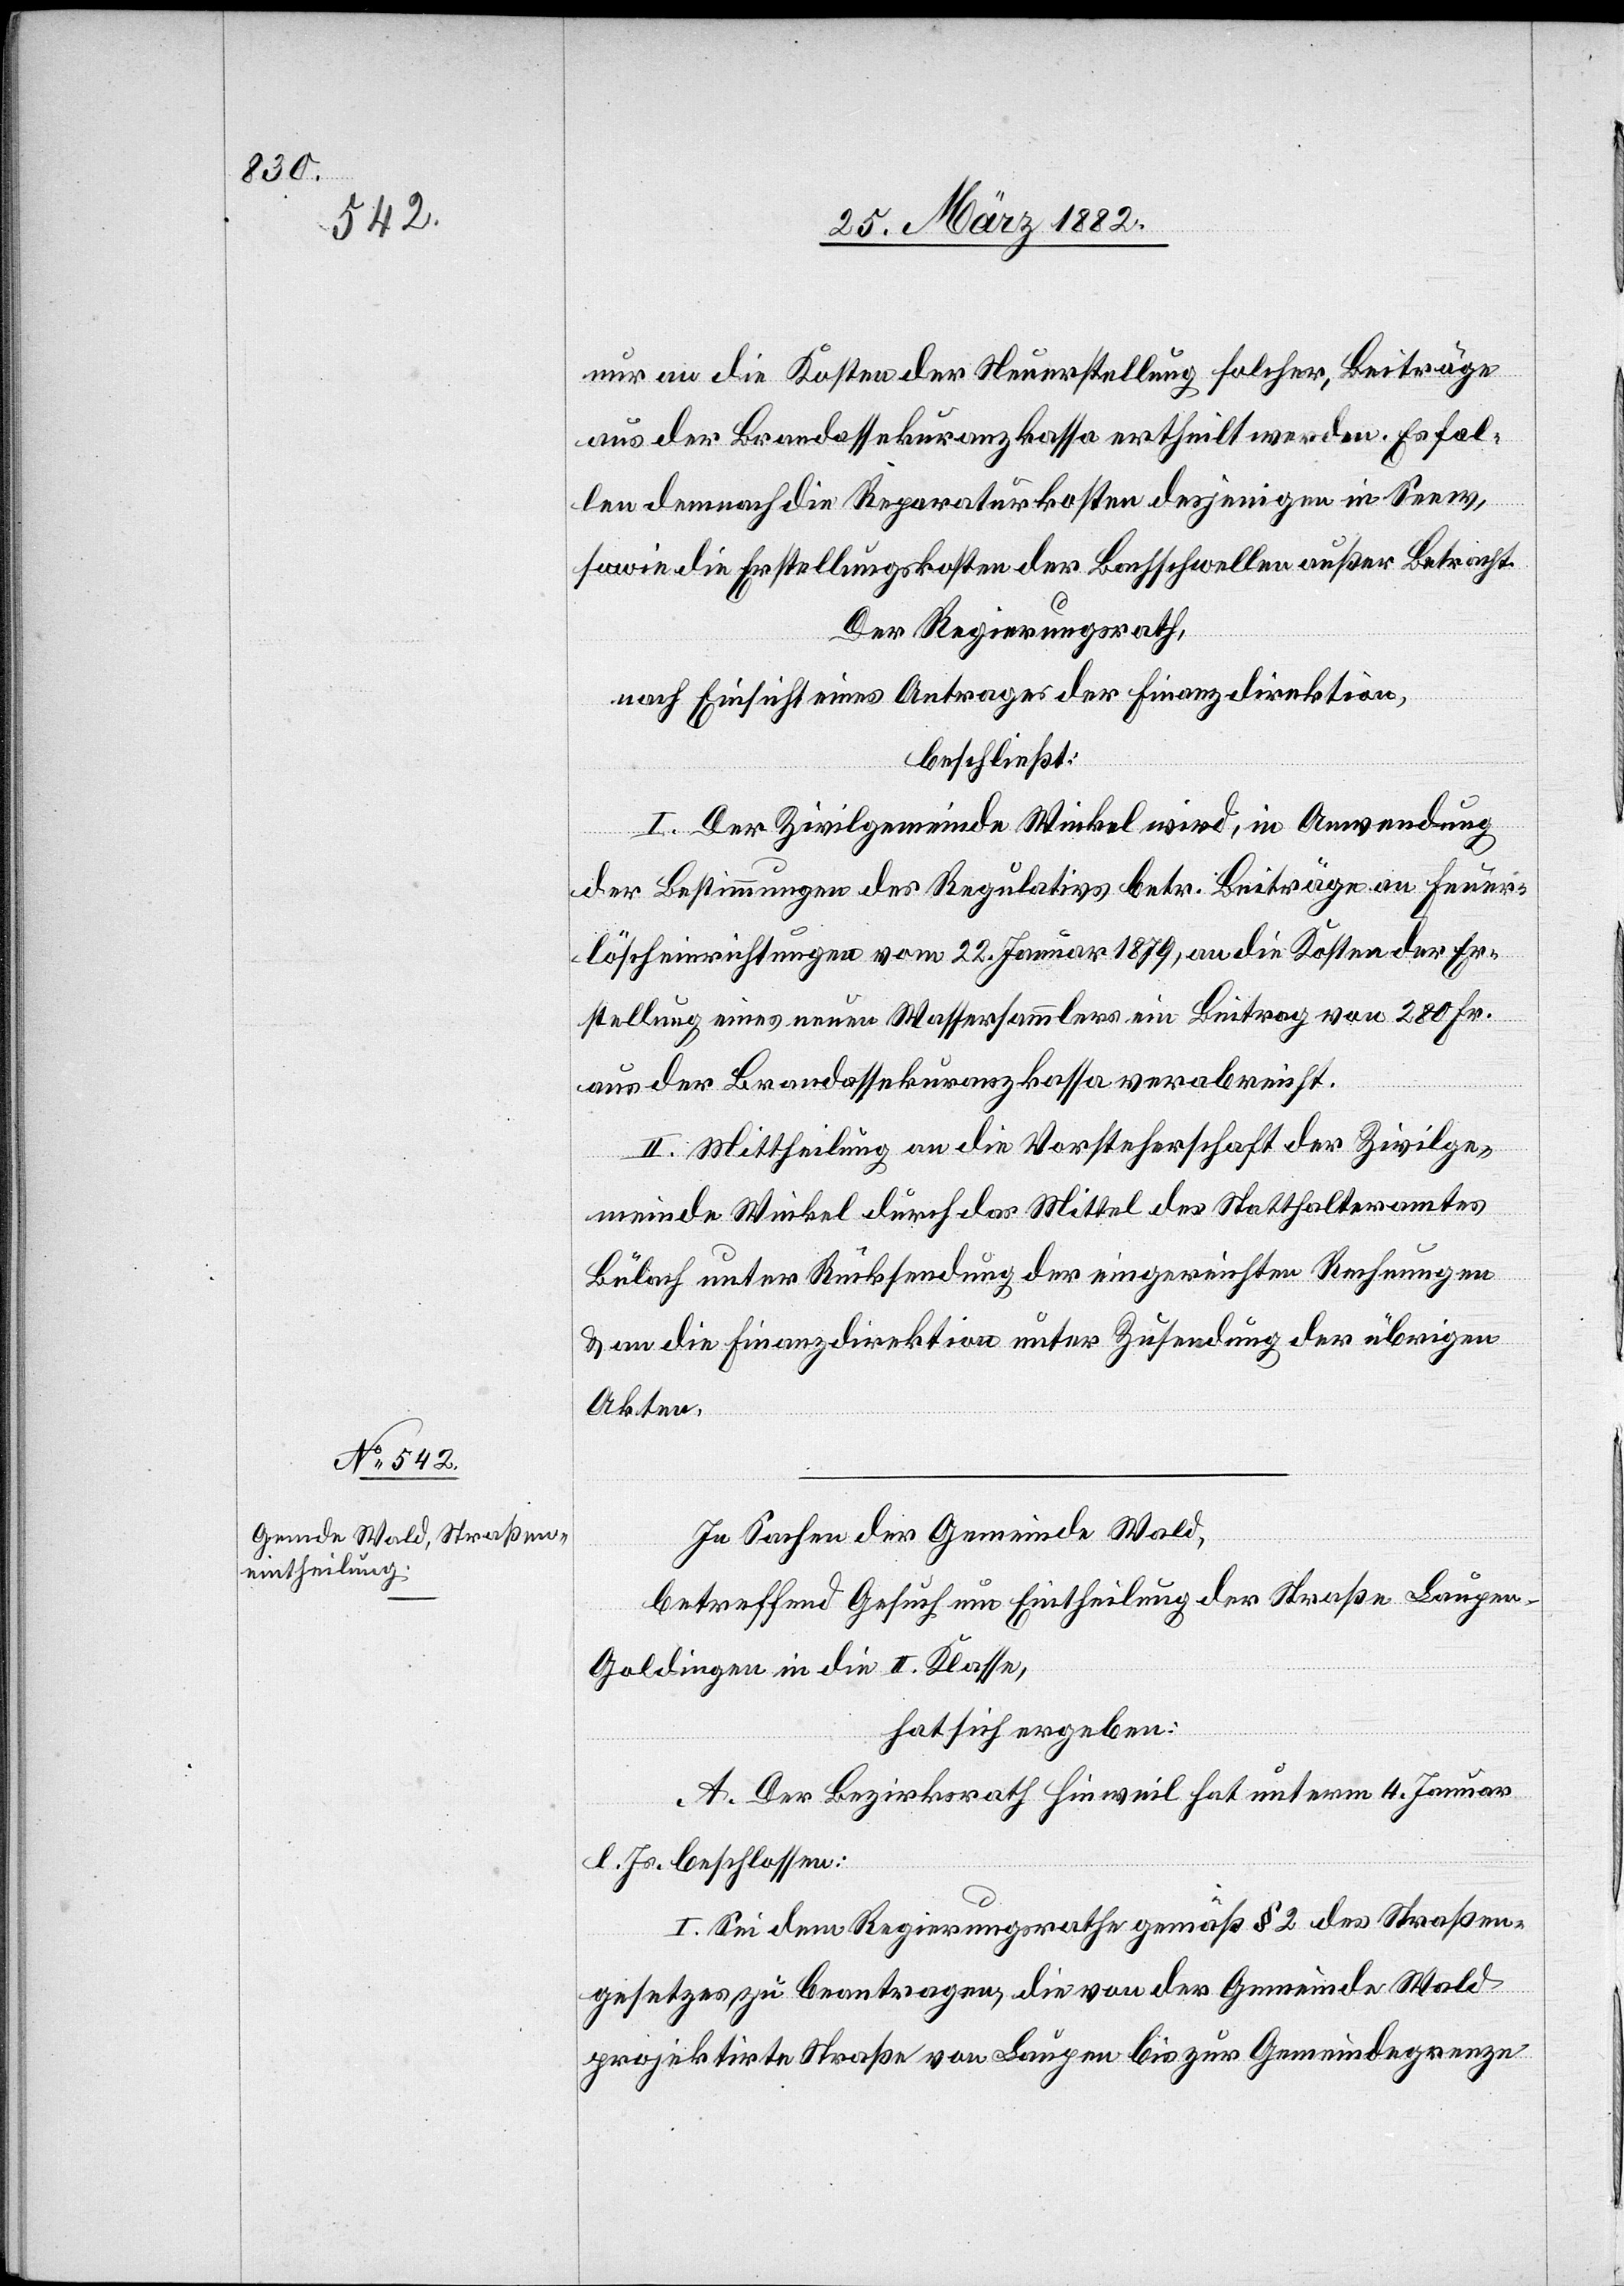
nur an die Kosten der Neuerstellung solcher, Beiträge
aus der Brandassekuranzkasse ertheilt werden. Es fal¬
len demnach die Reparaturkosten desjenigen in Seew,
sowie in die Erstellungskosten der Bachschwelle außer Betracht.
Der Regierungsrath,
nach Einsicht eines Antrages der Finanzdirektion,
beschließt:
I. Der Zivilgemeinde Winkel wird, in Anwendung
der Bestimmungen des Regulativs betr. Beiträge an Feuer¬
löscheinrichtungen vom 22. Januar 1879, an die Kosten der Er¬
stellung eines neuen Wassersammlers ein Beitrag von 280 Fr.
aus der Brandassekuranzkasse verabreicht.
II. Mittheilung an die Vorsteherschaft der Zivilge¬
meinde Winkel durch das Mittel des Statthalteramtes
Bülach unter Rücksendung der eingereichten Rechnungen
& an die Finanzdirektion unter Zusendung der übrigen
Akten.
In Sachen der Gemeinde Wald,
betreffend Gesuch um Eintheilung der Straße Laupe¬
n–Goldingen in die II. Klasse,
hat sich ergeben:
A. Der Bezirksrath Hinweil hat unterm 4. Januar
l. Js. beschlossen:
I. Sei dem Regierungsrathe gemäß § 2 des Straßen¬
gesetzes zu beantragen, die von der Gemeinde Wald
projektierte Straße von Laupen bis zur Gemeindegrenze